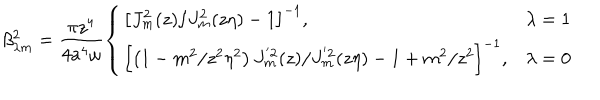
LaTeX: \beta _ { \lambda m } ^ { 2 } = \frac { \pi z ^ { 4 } } { 4 a ^ { 4 } \omega } \left\{ \begin{array} { l l } { { \left[ J _ { m } ^ { 2 } ( z ) / J _ { m } ^ { 2 } ( z \eta ) - 1 \right] ^ { - 1 } , } } & { { \lambda = 1 } } \\ { { \left[ \left( 1 - m ^ { 2 } / z ^ { 2 } \eta ^ { 2 } \right) J _ { m } ^ { ' 2 } ( z ) / J _ { m } ^ { ' 2 } ( z \eta ) - 1 + m ^ { 2 } / z ^ { 2 } \right] ^ { - 1 } , } } & { { \lambda = 0 } } \\ \end{array} \right.